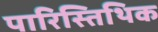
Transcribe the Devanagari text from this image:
पारिस्तिथिक